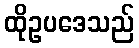
ထိုဥပဒေသည်